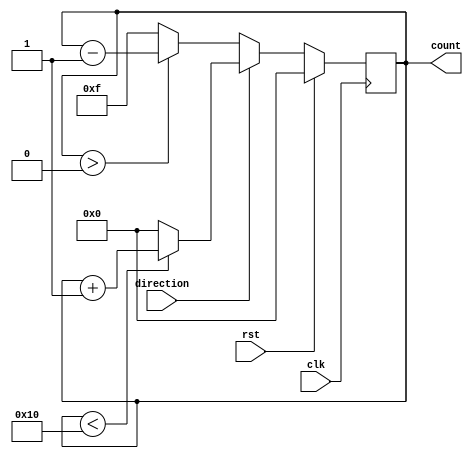
module up_down_counter_4bit (
		input clk,rst,direction,
		output  reg [3:0]count);
		
parameter max_count=4'b1111,
			 min_count=4'b0000;
			 
always@(posedge clk)
begin
	if (rst)
		count<=1'b0;
	else
	begin
		if(direction)								//direction=1 is UP counter
		begin
			count<=(count<16)?count+1'b1:min_count;
		end
		else if(~direction)						// direction=0 is DOWN counter
		begin
			count <= (count>0)?count-1'b1:max_count;
		end
	end
end
endmodule